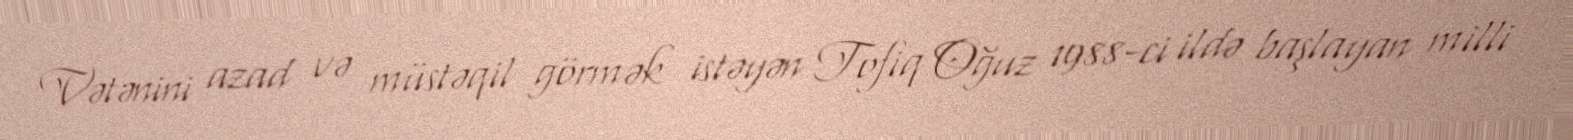
Vətənini azad və müstəqil görmək istəyən Tofiq Oğuz 1988-ci ildə başlayan milli